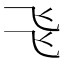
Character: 𠃧